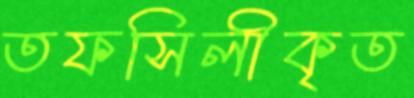
তফসিলীকৃত